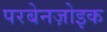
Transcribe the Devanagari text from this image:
परबेनज़ोइक